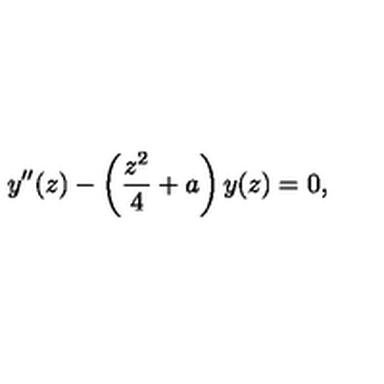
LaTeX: y ^ { \prime \prime } ( z ) - \left( \frac { z ^ { 2 } } { 4 } + a \right) y ( z ) = 0 ,